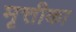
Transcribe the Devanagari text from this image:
मृत्तीका